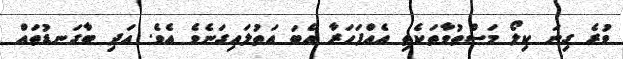
ވުރެ ގިނަ ކިލޯ މަސްތުވާތަކެތި އެއްފަހަރާ އެބަ އަތުލައިގަނެވެ އެވެ. އަދި ބާގަނޑުތައް